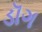
ડૉગ